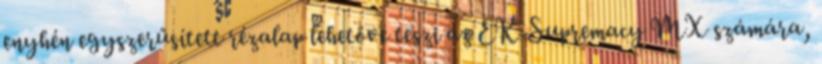
enyhén egyszerűsített rézalap lehetővé teszi az EK-Supremacy MX számára,